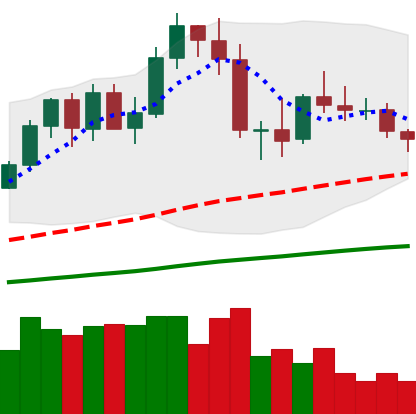
Ticker: NEO-USD
Chart end date: 2020-09-29
Forward return: -8.041%
Label: down_7plus